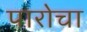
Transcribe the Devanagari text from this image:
पारोचा